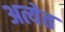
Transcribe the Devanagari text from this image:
अत्येत